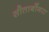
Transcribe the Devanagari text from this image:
सीताबोंगरा